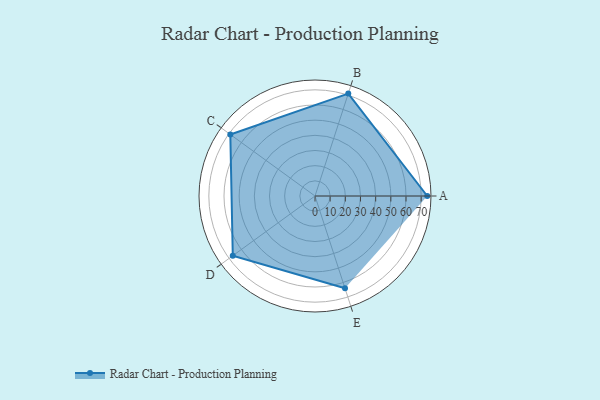
{"axis": {"x": "Skill", "y": "Score"}, "legend": ["Profile"], "data": [{"x": "A", "y": 74.0, "type": "Profile"}, {"x": "B", "y": 71.0, "type": "Profile"}, {"x": "C", "y": 69.0, "type": "Profile"}, {"x": "D", "y": 67.0, "type": "Profile"}, {"x": "E", "y": 64.0, "type": "Profile"}]}